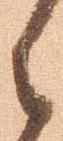
之